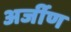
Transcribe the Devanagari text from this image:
अर्जीण